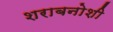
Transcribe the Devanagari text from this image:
शराबनोशी